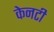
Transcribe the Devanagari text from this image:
केनटी